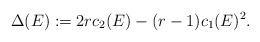
LaTeX: \begin{align*}\Delta(E):=2 r c_2(E)-(r-1) c_1(E)^2.\end{align*}